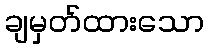
ချမှတ်ထားသော